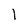
Character: 1